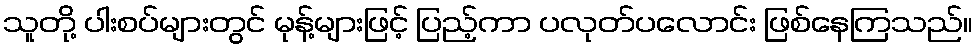
သူတို့ ပါးစပ်များတွင် မုန့်များဖြင့် ပြည့်ကာ ပလုတ်ပလောင်း ဖြစ်နေကြသည်။